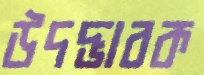
উদদ্ভাবক